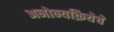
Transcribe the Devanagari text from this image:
अनोन्यक्रियेचे